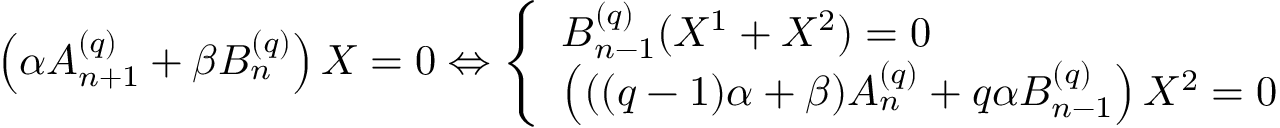
\begin{array} { r } { \left( \alpha A _ { n + 1 } ^ { ( q ) } + \beta B _ { n } ^ { ( q ) } \right) X = 0 \Leftrightarrow \left\{ \begin{array} { l l } { B _ { n - 1 } ^ { ( q ) } ( X ^ { 1 } + X ^ { 2 } ) = 0 } \\ { \left( ( ( q - 1 ) \alpha + \beta ) A _ { n } ^ { ( q ) } + q \alpha B _ { n - 1 } ^ { ( q ) } \right) X ^ { 2 } = 0 } \end{array} \right. } \end{array}